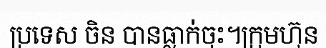
ប្រទេស ចិន បានធ្លាក់ចុះ។ក្រុមហ៊ុន